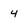
Character: 4